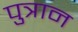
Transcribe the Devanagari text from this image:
पुत्रान